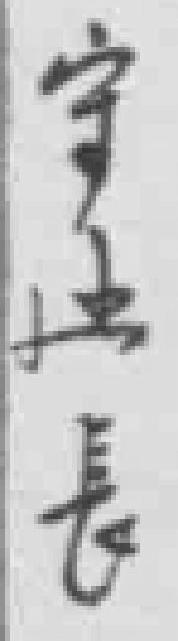
守*長